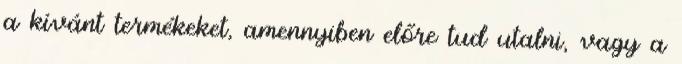
a kívánt termékeket, amennyiben előre tud utalni, vagy a